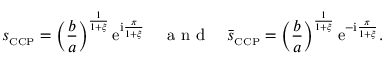
s _ { \scriptscriptstyle { \mathrm { C C P } } } = \left( \frac { b } { a } \right) ^ { \frac { 1 } { 1 + \xi } } \mathrm { e } ^ { \mathrm { i } \frac { \pi } { 1 + \xi } } \quad \mathrm { ~ a ~ n ~ d ~ } \quad \bar { s } _ { \scriptscriptstyle { \mathrm { C C P } } } = \left( \frac { b } { a } \right) ^ { \frac { 1 } { 1 + \xi } } \mathrm { e } ^ { - \mathrm { i } \frac { \pi } { 1 + \xi } } .